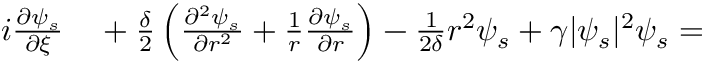
\begin{array} { r l } { i \frac { \partial \psi _ { s } } { \partial \xi } } & { { } + \frac { \delta } { 2 } \left( \frac { \partial ^ { 2 } \psi _ { s } } { \partial r ^ { 2 } } + \frac { 1 } { r } \frac { \partial \psi _ { s } } { \partial r } \right) - \frac { 1 } { 2 \delta } r ^ { 2 } \psi _ { s } + \gamma | \psi _ { s } | ^ { 2 } \psi _ { s } = } \end{array}